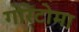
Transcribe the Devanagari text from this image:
गोरेटोमा